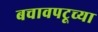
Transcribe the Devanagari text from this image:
बचावपटूच्या